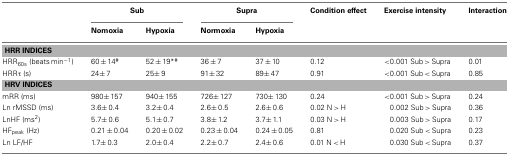
<table><thead><tr><td></td><td colspan="2"><b>Sub</b></td><td colspan="2"><b>Supra</b></td><td><b>Condition effect</b></td><td><b>Exercise intensity</b></td><td><b>Interaction</b></td></tr><tr><td><b> </b></td><td><b>Nomoxia</b></td><td><b>Hypoxia</b></td><td><b>Normoxia</b></td><td><b>Hypoxia</b></td><td colspan="3"></td></tr></thead><tbody><tr><td colspan="8"><b>HRR INDICES</b></td></tr><tr><td>HRR<sub>60s</sub> (beats min<sup>−1</sup>)</td><td>60 ± 14<sup>#</sup></td><td>52 ± 19*<sup>#</sup></td><td>36 ± 7</td><td>37 ± 10</td><td>0.12</td><td>&lt;0.001 Sub &gt; Supra</td><td>0.01</td></tr><tr><td>HRRτ (s)</td><td>24± 7</td><td>25± 9</td><td>91± 32</td><td>89± 47</td><td>0.91</td><td>&lt;0.001 Sub &lt; Supra</td><td>0.85</td></tr><tr><td colspan="8"><b>HRV INDICES</b></td></tr><tr><td>mRR (ms)</td><td>980± 157</td><td>940± 155</td><td>726± 127</td><td>730± 130</td><td>0.24</td><td>&lt;0.001 Sub &gt; Supra</td><td>0.24</td></tr><tr><td>Ln rMSSD (ms)</td><td>3.6± 0.4</td><td>3.2± 0.4</td><td>2.6± 0.5</td><td>2.6± 0.6</td><td>0.02 N &gt; H</td><td>0.002 Sub &gt; Supra</td><td>0.36</td></tr><tr><td>LnHF (ms<sup>2</sup>)</td><td>5.7± 0.6</td><td>5.1± 0.7</td><td>3.8± 1.2</td><td>3.7± 1.1</td><td>0.03 N &gt; H</td><td>0.003 Sub &gt; Supra</td><td>0.17</td></tr><tr><td>HF<sub>peak</sub> (Hz)</td><td>0.21 ± 0.04</td><td>0.20 ± 0.02</td><td>0.23 ± 0.04</td><td>0.24 ± 0.05</td><td>0.81</td><td>0.020 Sub &lt; Supra</td><td>0.23</td></tr><tr><td>Ln LF/HF</td><td>1.7± 0.3</td><td>2.0± 0.4</td><td>2.2± 0.7</td><td>2.4± 0.6</td><td>0.01 N &lt; H</td><td>0.030 Sub &lt; Supra</td><td>0.37</td></tr></tbody></table>